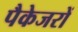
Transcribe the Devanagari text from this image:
पैकेजरों